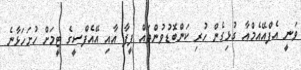
ވަނީ އެފްއޭއެމްއާ ގުޅިގެން ހުރި ކަންބޮޑުވުންތައް ފީފާ އާއި އޭއެފްސީގެ ޓީމަށް ހުށަހަޅާނެ